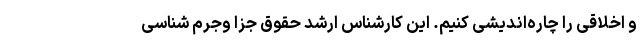
و اخلاقی را چاره‌اندیشی کنیم. این کارشناس ارشد حقوق جزا وجرم شناسی